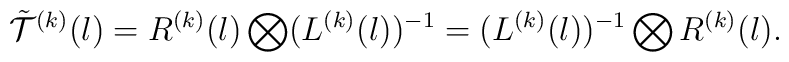
\tilde{{\cal T}}^{(k)}(l)=R^{(k)}(l)\bigotimes (L^{(k)}(l))^{-1}=(L^{(k)}(l))^{-1}\bigotimes R^{(k)}(l).